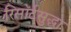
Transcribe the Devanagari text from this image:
रिसॉर्टसुद्धा